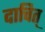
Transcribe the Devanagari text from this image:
दाचित्